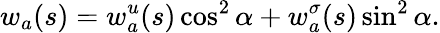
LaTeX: w_{a}(s)=w_{a}^{u}(s)\cos^{2}\alpha+w_{a}^{\sigma}(s)\sin^{2}\alpha.